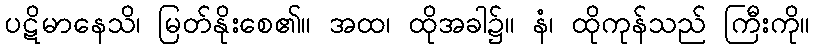
ပဋိမာနေသိ၊ မြတ်နိုးစေ၏။ အထ၊ ထိုအခါ၌။ နံ၊ ထိုကုန်သည် ကြီးကို။